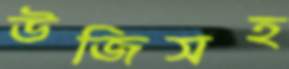
উজিসহ